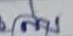
ล่าง